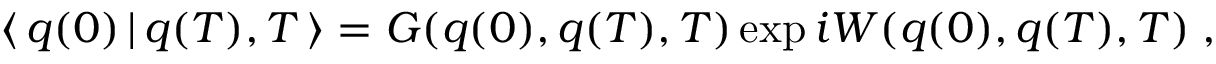
\langle \, q ( 0 ) \, | \, q ( T ) , T \, \rangle = G ( q ( 0 ) , q ( T ) , T ) \exp i W ( q ( 0 ) , q ( T ) , T ) \; ,